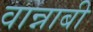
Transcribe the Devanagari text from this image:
वान्नाबी